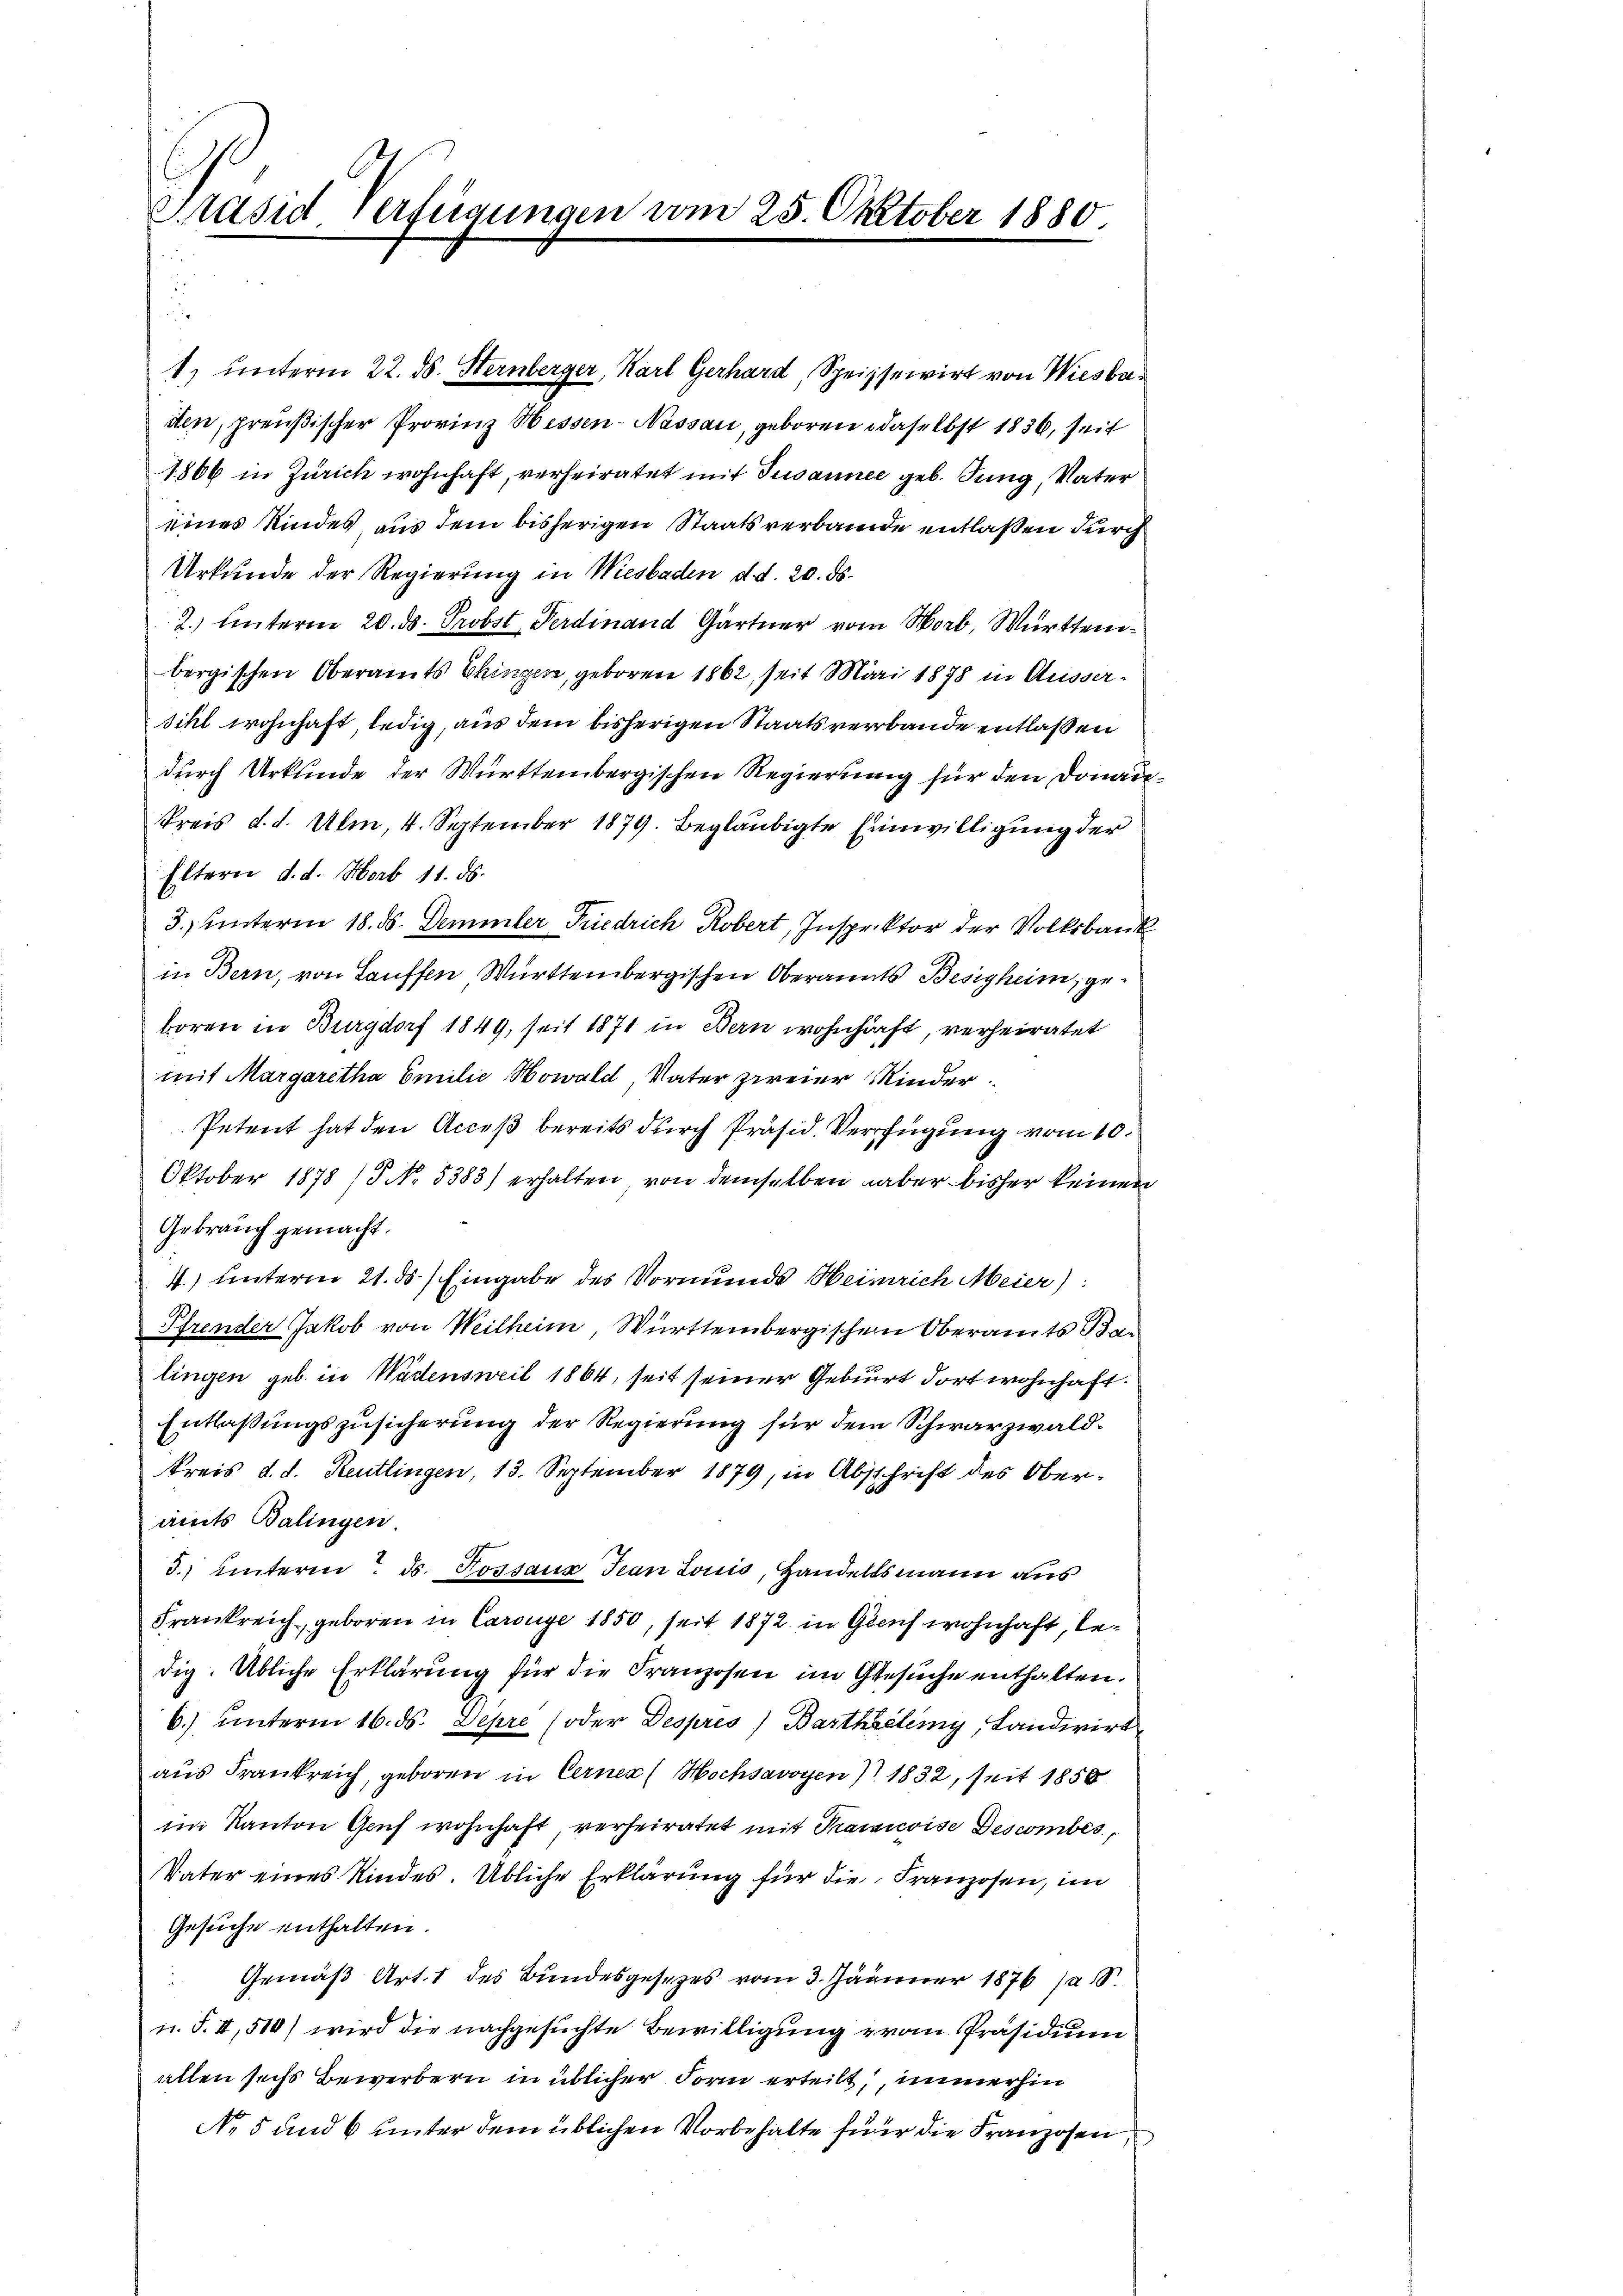
Präsid. Verfügungen vom 25. October 1880.

1) unterm 22. ds. Hernberger, Karl Gerhard, Speisewirt von Wiesbaden, preußischer Provinz Hessen-Nassau, geboren daselbst 1836, seit
1806 in Zürich wohnhaft, verheiratet mit Susannee geb. Jung, Vater
eines Kindes, aus dem bisherigen Staatsverbande entlaßen durch
Urkunde der Regierung in Wiesbaden d. d. 20. ds.
2.) Unterm 20. ds. Probst, Ferdinand Gärtner vom Horb, Württembergischen Oberamts Chingen, geboren 1862, seit Mai 1878 in Äussersihl wohnhaft, ledig, aus dem bisherigen Staatsverbande entlaßen
durch Urkunde der Württembergischen Regierung für den Donau
Preis d. d. Ulm, 4. September 1879. Begläubigte Einwilligung der
Eltern d. d. Horb 11. ds.
3.) Unterm 18. ds. Demmler Friedrich Robert, Inspektor der Volksbank
in Bern, von Lauffen Württembergischen Oberanats Besigheim, geboren in Burgdorf 1849, seit 1871 in Bern wohnhaft, verheiratet
mit Margaretha Emilie Nowald Vater zweier Kinder
Petent hat den Acceß bereits durch Präsid. Verfügung vom 10.
Oktober 1878 / No. 5383) erhalten von demselben aber bisher keinen
Gebrauch gemacht.
1.) unterm 21. ds.) Eingabe des Vormunds Heinrich Meier):
Pfrender Jakob von Weilheim, Württembergischen Oberamts Bar
lingen geb. in Wädensweil 1864, seit seiner Geburt dort wohnhaft.
Entlaßungszusicherung der Regierung für dem Schwarzwald¬
Kreis d. d. Reutlingen, 13. September 1879, in Abschrift des Oberamts Balingen
3.) Unterm 3. Tossauz Jean Louis, Handelsmann aus
Frankreich, geboren in Carouge 1850, seit 1872 in Gleich wohnhaft, ledig. Übliche Erklärung für die Franzosen im Gesuche enthalten.
6) unterm 16. ds. Depre (oder Despres) Bartheilemy, Landwirt
aus Frankreich, geboren in Cerner (Hochsavoyen 1832, seit 1858
im Kanton Graf wohnhaft, verheiratet mit Tramoise Descombes,
Vater eines Kindes. Übliche Erklärung für die Franzosen, im
Gesuche enthalten.
Gemäß Art. 1 des Bundesgesetzes vom 3. Jänner 1876 (1
u. F. II, 510) wird die nachgesuchte Bewilligung von Präsidium
allen sechs Bewerbern in üblicher Form erteilt, immerhin
No 5 und 6 unter dem üblichen Vorbehalte für die Franzosen